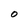
Character: O